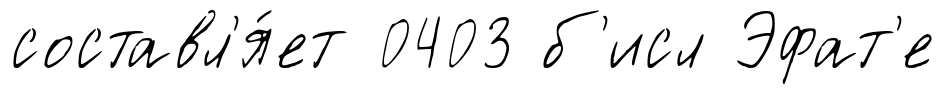
составл'я́ет 0403 б'исл Эфат'е